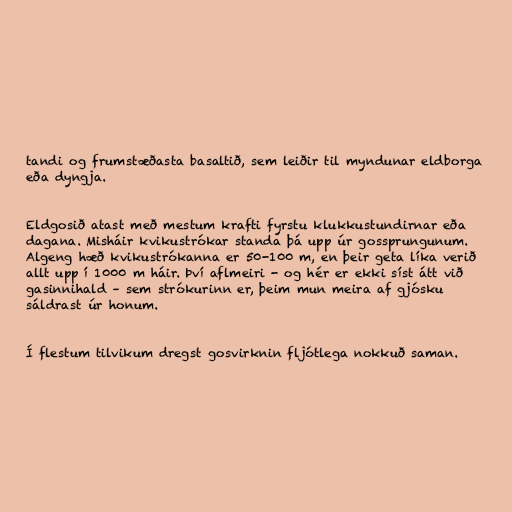
tandi og frumstæðasta basaltið, sem leiðir til myndunar eldborga
eða dyngja.

Eldgosið atast með mestum krafti fyrstu klukkustundirnar eða
dagana. Misháir kvikustrókar standa þá upp úr gossprungunum.
Algeng hæð kvikustrókanna er 50-100 m, en þeir geta líka verið
allt upp í 1000 m háir. Því aflmeiri - og hér er ekki síst átt við
gasinnihald – sem strókurinn er, þeim mun meira af gjósku
sáldrast úr honum.

Í flestum tilvikum dregst gosvirknin fljótlega nokkuð saman.